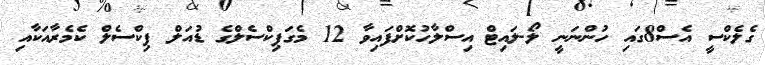
ގެލެކްސީ އެސް8ގައި ހުންނަނީ ލޯ-ލައިޓް އިސްލާހުކޮށްފައިވާ 12 މެގަޕިކްސެލްގެ ޑުއަލް ޕިކްސެލް ކެމެރާއަކާއި